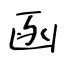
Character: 函